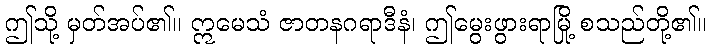
ဤသို့ မှတ်အပ်၏။ ဣမေသံ ဇာတနဂရာဒီနံ၊ ဤမွေးဖွားရာမြို့ စသည်တို့၏။